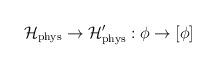
LaTeX: \begin{align*}\mathcal{H}_{\mathrm{phys}}\rightarrow \mathcal{H}_{\mathrm{phys}}^{\prime}:\phi \rightarrow \lbrack \phi ] \end{align*}